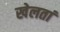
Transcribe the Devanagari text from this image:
खेलतां